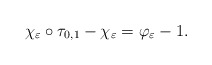
\begin{align*}\chi _{\varepsilon }\circ \tau _{0,1}-\chi _{\varepsilon }=\varphi_{\varepsilon }-1.\end{align*}